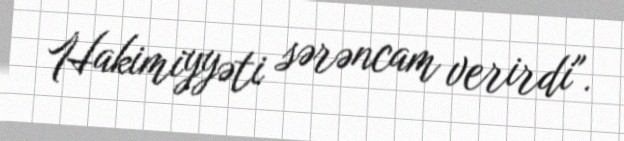
Hakimiyyəti sərəncam verirdi".